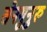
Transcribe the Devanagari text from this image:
सेनगुनुरु